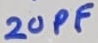
Text: 20PF